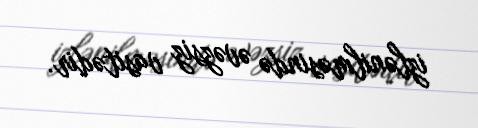
izlənilməsində əvəzsiz vasitədir.